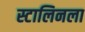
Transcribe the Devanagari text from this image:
स्टालिनला